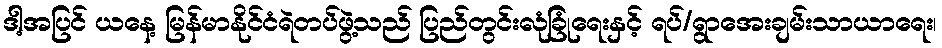
ဒါ့အပြင် ယနေ့ မြန်မာနိုင်ငံရဲတပ်ဖွဲ့သည် ပြည်တွင်းလုံခြုံရေးနှင့် ရပ်/ရွာအေးချမ်းသာယာရေး၊